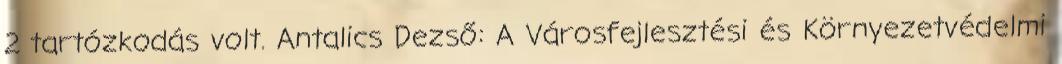
2 tartózkodás volt. Antalics Dezső: A Városfejlesztési és Környezetvédelmi